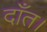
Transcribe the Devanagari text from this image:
दाँत।